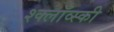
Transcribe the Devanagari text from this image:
श्क्लॉव्स्की